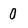
Character: 0